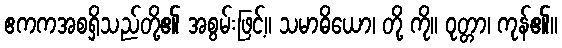
ဧကကအစရှိသည်တို့၏ အစွမ်းဖြင့်။ သမာဓိယော၊ တို့ ကို။ ဝုတ္တာ၊ ကုန်၏။